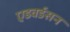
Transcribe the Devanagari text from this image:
एडवर्डसन